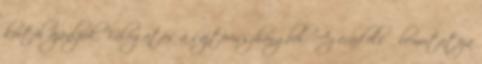
kortól ajánljuk. Válogatás a sajtóvisszhangból: Az évad első bemutatója